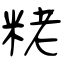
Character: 粩